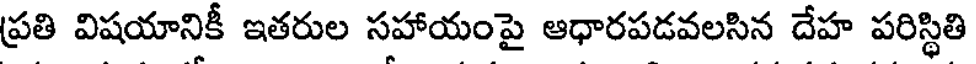
ప్రతి విషయానికీ ఇతరుల సహాయంపై ఆధారపడవలసిన దేహ పరిస్థితి